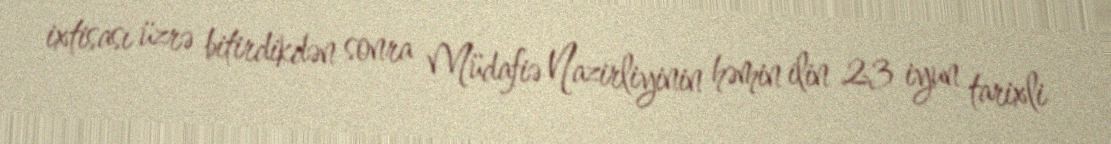
ixtisası üzrə bitirdikdən sonra Müdafiə Nazirliyinin həmin ilin 23 iyun tarixli